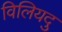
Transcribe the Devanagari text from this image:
विलियदु